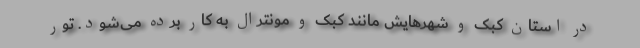
در استان کبک و شهرهایش مانند کبک و مونترال به کار برده می‌شود. تور